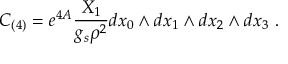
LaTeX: C _ { ( 4 ) } = e ^ { 4 A } { \frac { X _ { 1 } } { g _ { s } \rho ^ { 2 } } } d x _ { 0 } \wedge d x _ { 1 } \wedge d x _ { 2 } \wedge d x _ { 3 } \ .